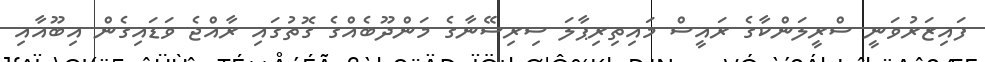
ފައިޒަރުވަނީ ސްރީލަންކާގެ ރައީސް މައިތިރިޕާލަ ސިރިސޭނާގެ މަންދޫބެއްގެ ގޮތުގައި ރާއްޖެ ވަޑައިގެން އިބޫއާއި